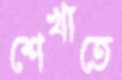
শেখাতে